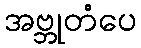
အဗ္ဘုတံပေ